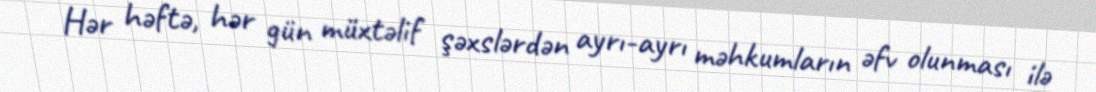
Hər həftə, hər gün müxtəlif şəxslərdən ayrı-ayrı məhkumların əfv olunması ilə